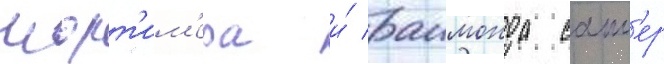
морт'им'ера и́ раимонда сакл'ер